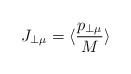
LaTeX: \begin{align*}J_{\perp\mu}=\langle \frac{p_{\perp\mu}}{M}\rangle\end{align*}